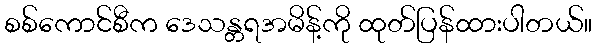
စစ်ကောင်စီက ဒေသန္တရအမိန့်ကို ထုတ်ပြန်ထားပါတယ်။